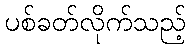
ပစ်ခတ်လိုက်သည့်